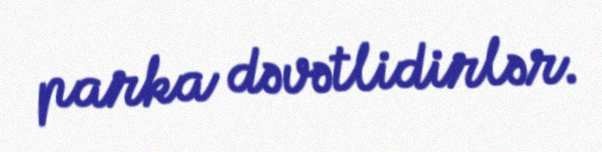
parka dəvətlidirlər.